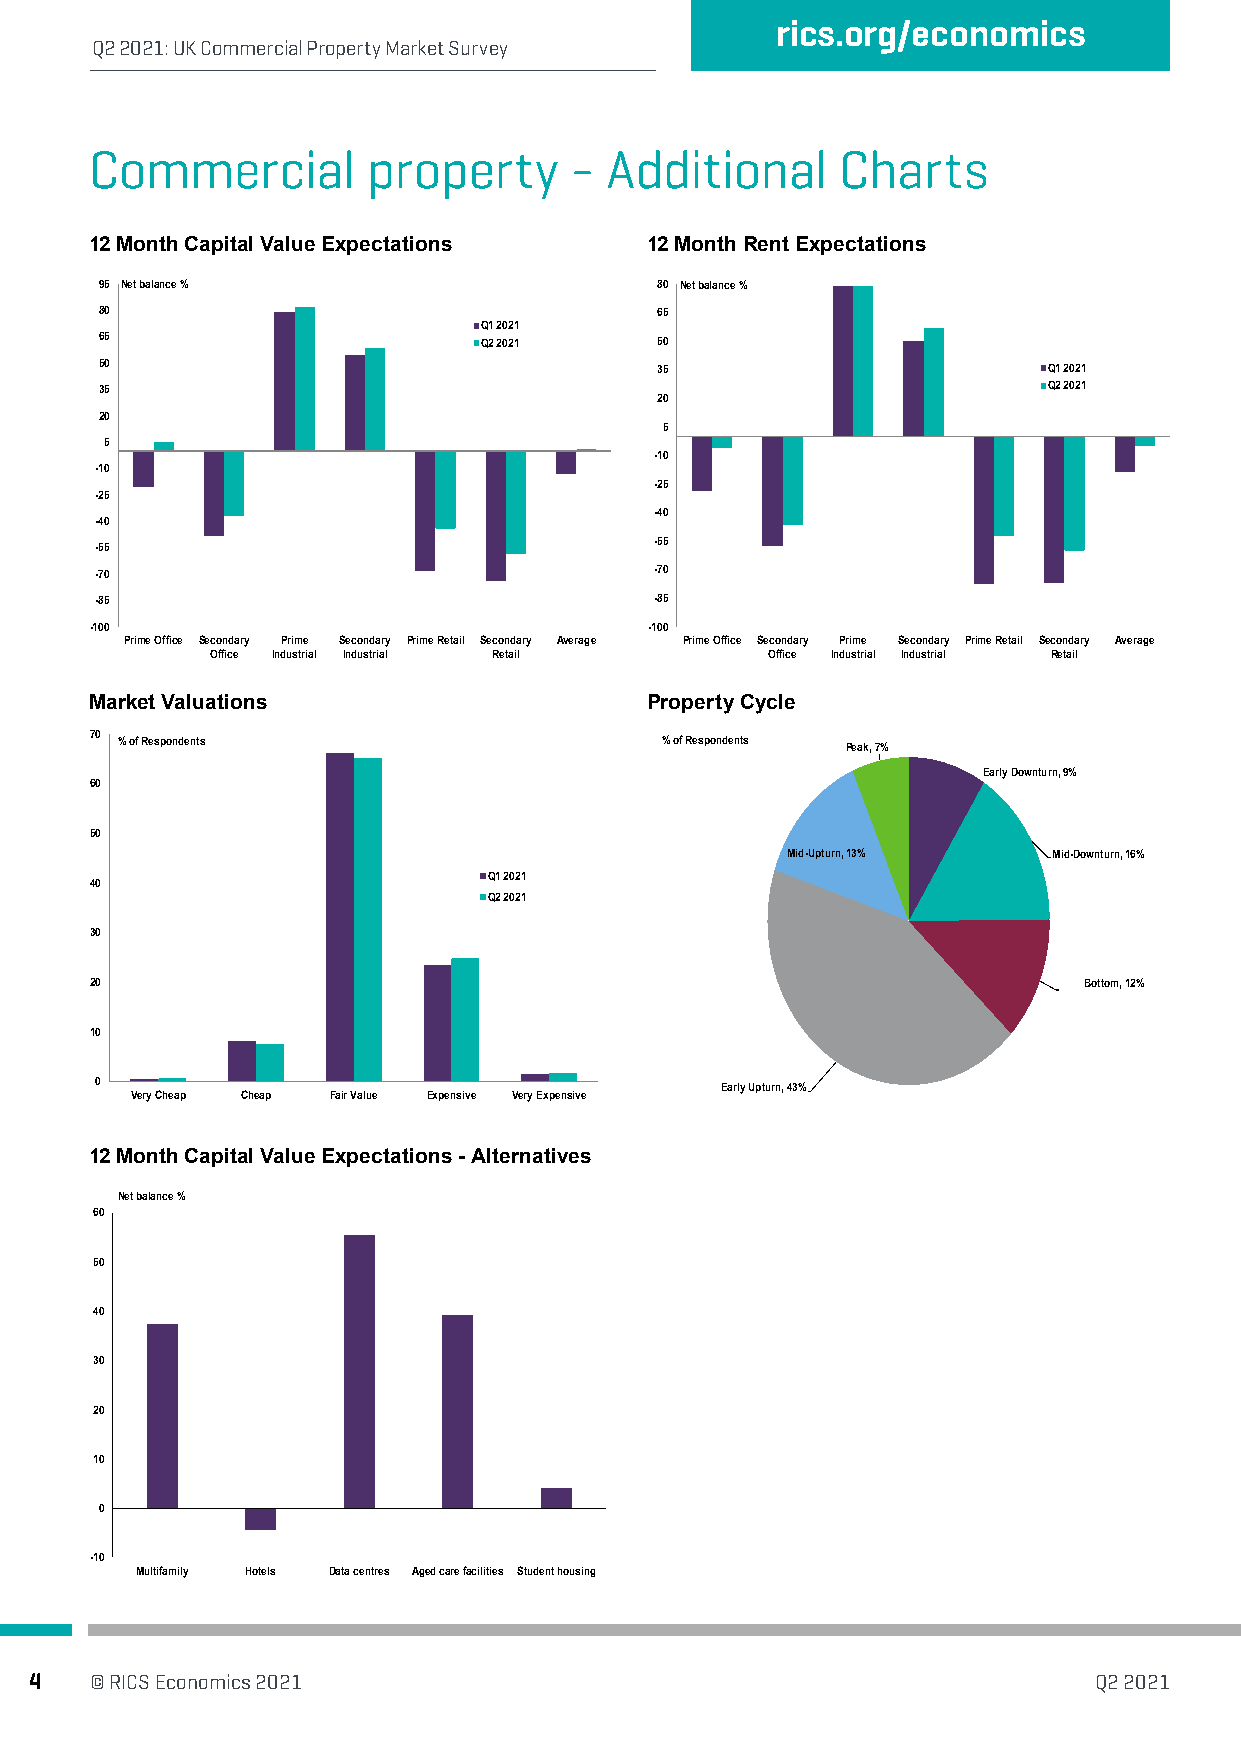
rics.org/economics
 Q2 2021: UK Commercial Property Market Survey
 Commercial        property      - Additional      Charts
 12 Month Capital Value Expectations  12 Month Rent Expectations
 95 Net balance %                    80 Net balance %
 80                                  65
 Q1 2021
 65                       Q2 2021    50
 50                                  35                        Q1 2021
 35                                                            Q2 2021
 20
 20
 5
 5
 -10
 -10
 -25
 -25
 -40
 -40
 -55
 -55
 -70                                  -70
 -85                                  -85
 -100                                 -100
 Prime Office Secondary Prime Secondary Prime Retail Secondary Average Prime Office Secondary Prime Secondary Prime Retail Secondary Average
 Office Industrial Industrial Retail  Office Industrial Industrial Retail
 Market Valuations                    Property Cycle
 70 % of Respondents                   % of Respondents Peak, 7%
 Early Downturn, 9%
 60
 50
 Mid-Upturn, 13%   Mid-Downturn, 16%
 Q1 2021
 40
 Q2 2021
 30
 20                                                                Bottom, 12%
 10
 0                                         Early Upturn, 43%
 Very Cheap Cheap Fair Value Expensive Very Expensive
 12 Month Capital Value Expectations - Alternatives
 Net balance %
 60
 50
 40
 30
 20
 10
 0
 -10
 Multifamily Hotels Data centres Aged care facilities Student housing
 4   © RICS Economics 2021                                             Q2 2021